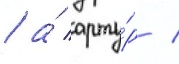
/ а́ арту́р /